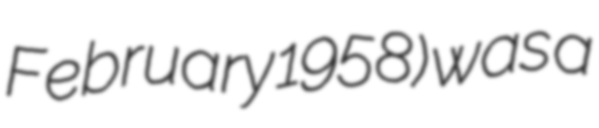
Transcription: February 1958) was a